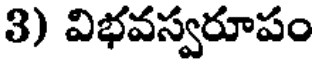
3) విభవస్వరూపం